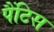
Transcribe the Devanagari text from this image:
पैंटिस